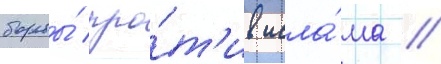
борьбы́ про́т'ив исла́ма //